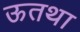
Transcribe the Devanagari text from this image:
ऊतथा